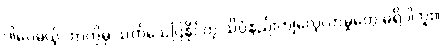
ဒါပေမယ့် ဘာကိုမှ သက်သေပြနိုင်တဲ့ သိပ္ပံနည်းကျလေ့လာမှုတွေ မရှိပါဘူး။